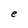
Character: e